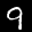
Label: 9